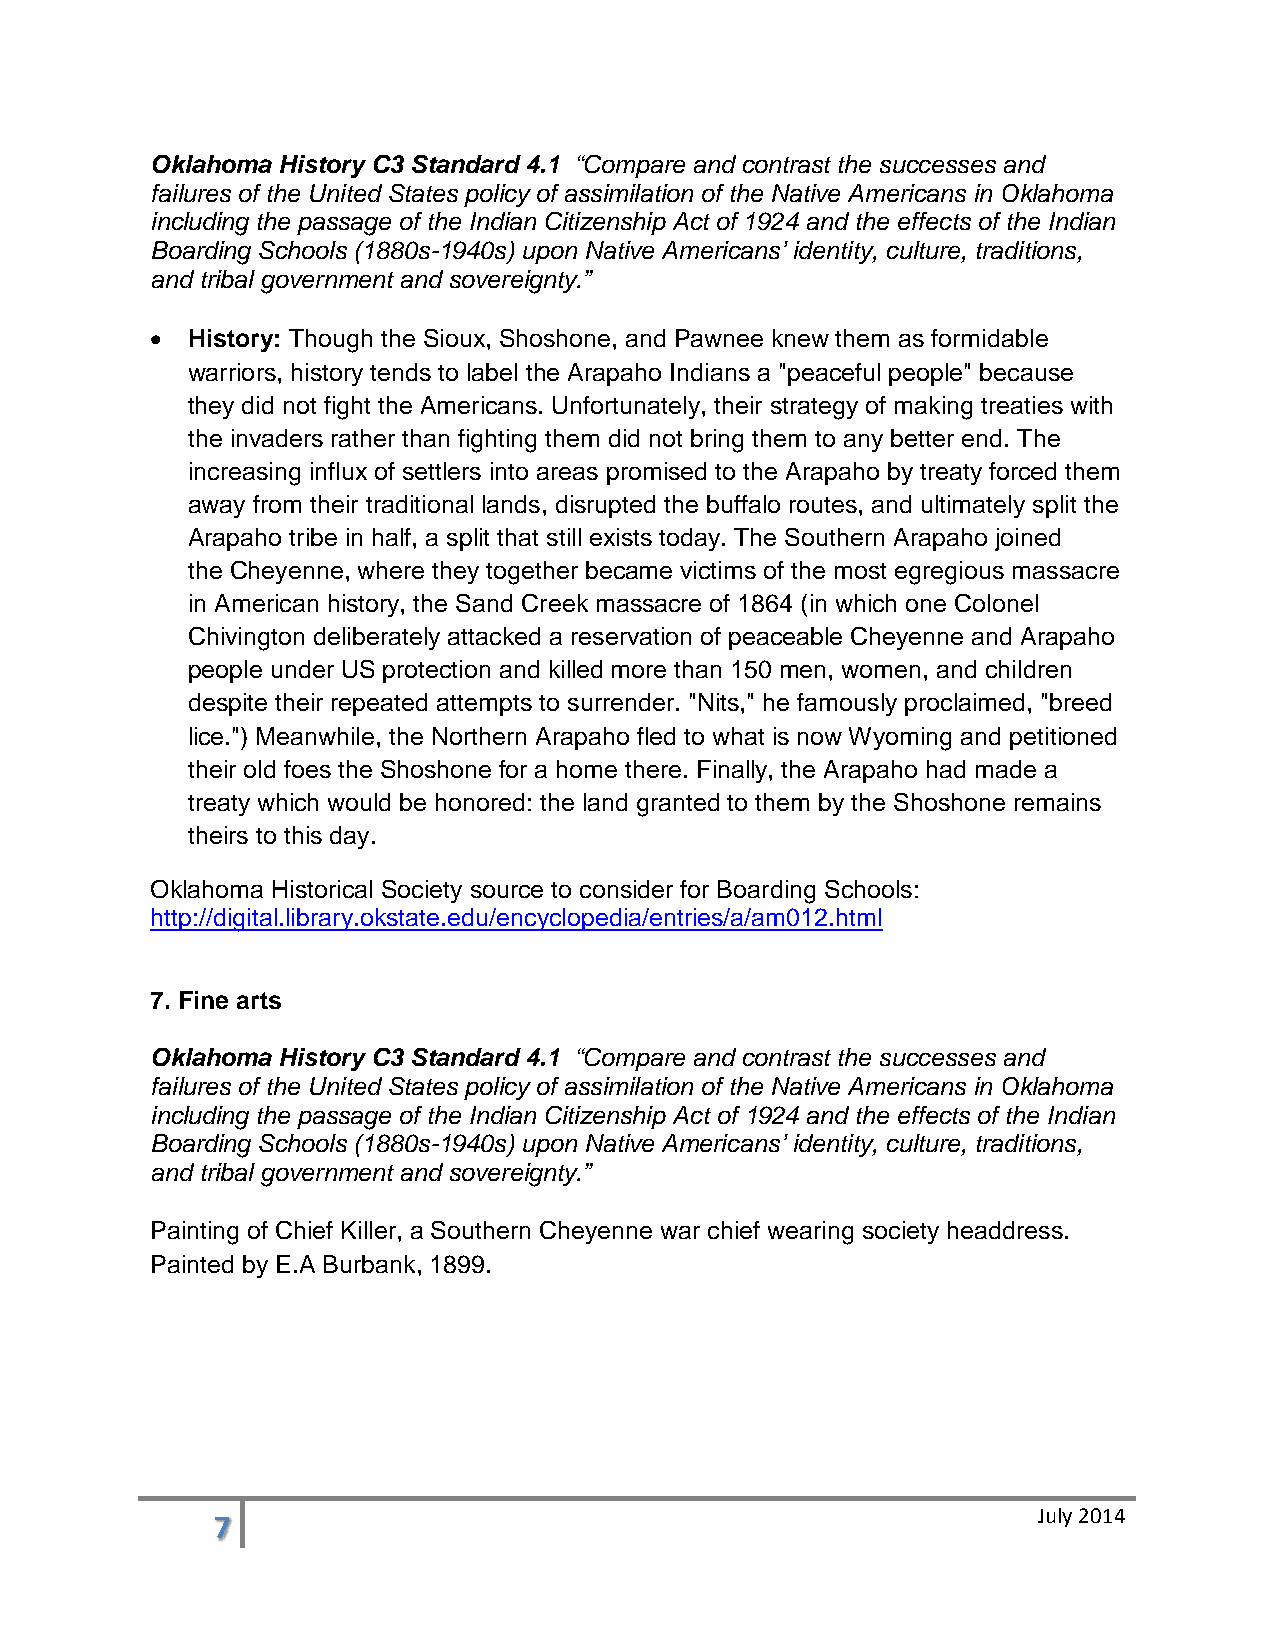
Oklahoma History C3 Standard 4.1 “Compare and contrast the successes and
 failures of the United States policy of assimilation of the Native Americans in Oklahoma
 including the passage of the Indian Citizenship Act of 1924 and the effects of the Indian
 Boarding Schools (1880s-1940s) upon Native Americans’ identity, culture, traditions,
 and tribal government and sovereignty.”
 • History: Though the Sioux, Shoshone, and Pawnee knew them as formidable
 warriors, history tends to label the Arapaho Indians a "peaceful people" because
 they did not fight the Americans. Unfortunately, their strategy of making treaties with
 the invaders rather than fighting them did not bring them to any better end. The
 increasing influx of settlers into areas promised to the Arapaho by treaty forced them
 away from their traditional lands, disrupted the buffalo routes, and ultimately split the
 Arapaho tribe in half, a split that still exists today. The Southern Arapaho joined
 the Cheyenne, where they together became victims of the most egregious massacre
 in American history, the Sand Creek massacre of 1864 (in which one Colonel
 Chivington deliberately attacked a reservation of peaceable Cheyenne and Arapaho
 people under US protection and killed more than 150 men, women, and children
 despite their repeated attempts to surrender. "Nits," he famously proclaimed, "breed
 lice.") Meanwhile, the Northern Arapaho fled to what is now Wyoming and petitioned
 their old foes the Shoshone for a home there. Finally, the Arapaho had made a
 treaty which would be honored: the land granted to them by the Shoshone remains
 theirs to this day.
 Oklahoma Historical Society source to consider for Boarding Schools:
 http://digital.library.okstate.edu/encyclopedia/entries/a/am012.html
 7. Fine arts
 Oklahoma History C3 Standard 4.1 “Compare and contrast the successes and
 failures of the United States policy of assimilation of the Native Americans in Oklahoma
 including the passage of the Indian Citizenship Act of 1924 and the effects of the Indian
 Boarding Schools (1880s-1940s) upon Native Americans’ identity, culture, traditions,
 and tribal government and sovereignty.”
 Painting of Chief Killer, a Southern Cheyenne war chief wearing society headdress.
 Painted by E.A Burbank, 1899.
 7                                                      July 2014